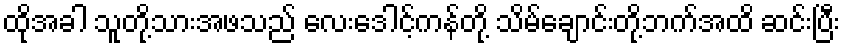
ထိုအခါ သူတို့သားအဖသည် လေးဒေါင့်ကန်တို့ သိမ်ချောင်းတို့ဘက်အထိ ဆင်းပြီး